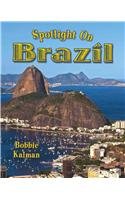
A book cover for Spotlight on Brazil (Spotlight on My Country); Bobbie Kalman; Children's Books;